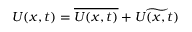
U ( x , t ) = \overline { { U ( x , t ) } } + \widetilde { U ( x , t ) }